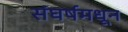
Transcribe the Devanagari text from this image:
संघर्षमधून